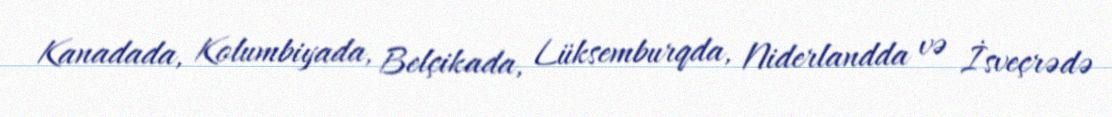
Kanadada, Kolumbiyada, Belçikada, Lüksemburqda, Niderlandda və İsveçrədə